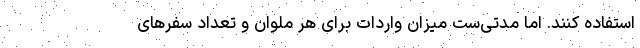
استفاده کنند. اما مدتی‌ست میزان واردات برای هر ملوان و تعداد سفرهای